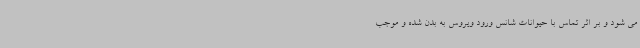
می شود و بر اثر تماس با حیوانات شانس ورود ویروس به بدن شده و موجب